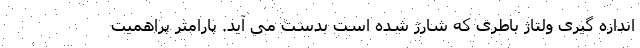
اندازه گیری ولتاژ باطری که شارژ شده است بدست می آید. پارامتر پراهمیت